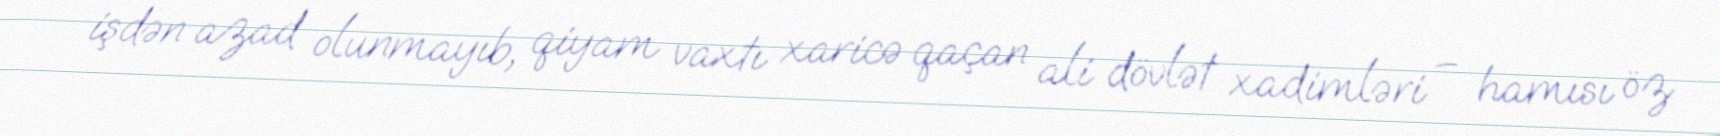
işdən azad olunmayıb, qiyam vaxtı xaricə qaçan ali dövlət xadimləri – hamısı öz